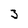
Character: 3